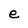
Character: e